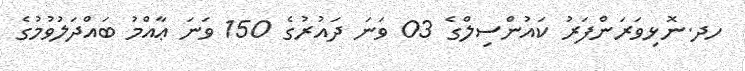
ހދ.ނޮޅިވަރަންފަރު ކައުންސިލްގެ 03 ވަނަ ދައުރުގެ 150 ވަނަ ޢާއްމު ބައްދަލުވުމުގެ